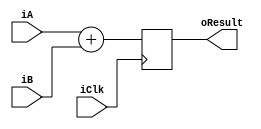
/* Adder 32 bits*/

module Adder (
	input iClk,
	input [31:0] iA,
	input [31:0] iB,
	output reg [31:0] oResult
);


always @(posedge iClk)
	begin
		oResult = iA + iB;
	end
endmodule